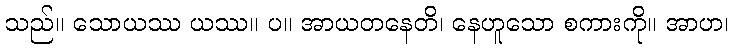
သည်။ သောယဿ ယဿ။ ပ။ အာယတနေတိ၊ နေဟူသော စကားကို။ အာဟ၊